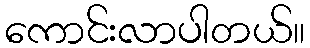
ကောင်းလာပါတယ်။